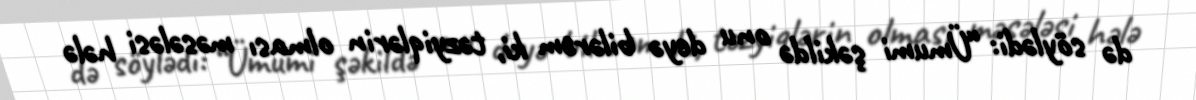
də söylədi: “Ümumi şəkildə onu deyə bilərəm ki, təzyiqlərin olması məsələsi hələ